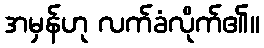
အမှန်ဟု လက်ခံလိုက်၏။